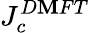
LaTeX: J_{c}^{D\mathbf{M}FT}